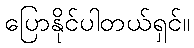
ပြောနိုင်ပါတယ်ရှင်။